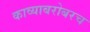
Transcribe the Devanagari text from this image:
काव्याबरोबरच